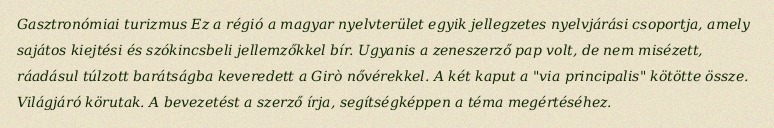
Gasztronómiai turizmus Ez a régió a magyar nyelvterület egyik jellegzetes nyelvjárási csoportja, amely sajátos kiejtési és szókincsbeli jellemzőkkel bír. Ugyanis a zeneszerző pap volt, de nem misézett, ráadásul túlzott barátságba keveredett a Girò nővérekkel. A két kaput a "via principalis" kötötte össze. Világjáró körutak. A bevezetést a szerző írja, segítségképpen a téma megértéséhez.